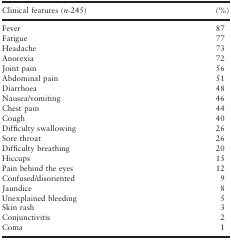
<table><thead><tr><td><b>Clinical features (<i>n</i>-245)</b></td><td><b>(%)</b></td></tr></thead><tbody><tr><td>Fever</td><td>87</td></tr><tr><td>Fatigue</td><td>77</td></tr><tr><td>Headache</td><td>73</td></tr><tr><td>Anorexia</td><td>72</td></tr><tr><td>Joint pain</td><td>56</td></tr><tr><td>Abdominal pain</td><td>51</td></tr><tr><td>Diarrhoea</td><td>48</td></tr><tr><td>Nausea/vomiting</td><td>46</td></tr><tr><td>Chest pain</td><td>44</td></tr><tr><td>Cough</td><td>40</td></tr><tr><td>Difficulty swallowing</td><td>26</td></tr><tr><td>Sore throat</td><td>26</td></tr><tr><td>Difficulty breathing</td><td>20</td></tr><tr><td>Hiccups</td><td>15</td></tr><tr><td>Pain behind the eyes</td><td>12</td></tr><tr><td>Confused/disoriented</td><td>9</td></tr><tr><td>Jaundice</td><td>8</td></tr><tr><td>Unexplained bleeding</td><td>5</td></tr><tr><td>Skin rash</td><td>3</td></tr><tr><td>Conjunctivitis</td><td>2</td></tr><tr><td>Coma</td><td>1</td></tr></tbody></table>